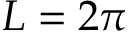
L = 2 \pi